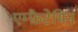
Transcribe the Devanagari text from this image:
एम्फ़ैटेमिन